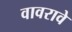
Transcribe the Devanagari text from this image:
वावरावे